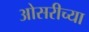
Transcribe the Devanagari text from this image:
ओसरीच्या